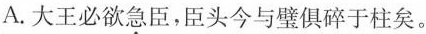
A.大王必欲\underset{·}{急}臣，臣头今与璧俱碎于柱矣。